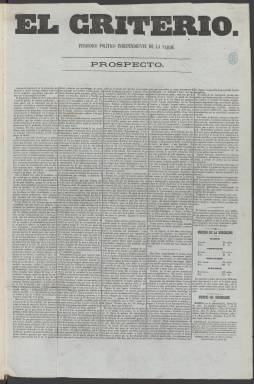
Título: El Criterio (Madrid. 1864)
Colección: Periódicos
Ámbito geográfico: Madrid
Lugar de publicación: Madrid
Fechas: 01/01/1864-04/07/1865